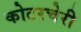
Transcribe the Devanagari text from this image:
कोटरचेरी